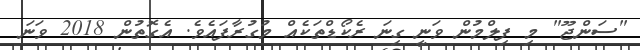
"ސަންޖޫ" މި ފިލްމުން ވަނީ ގިނަ ރެކޯޑްތަކެއް މުގުރާފައެވެ. އެގޮތުން 2018 ވަނަ